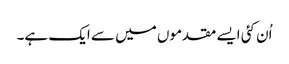
اُن کئی ایسے مقدموں میں سے ایک ہے۔